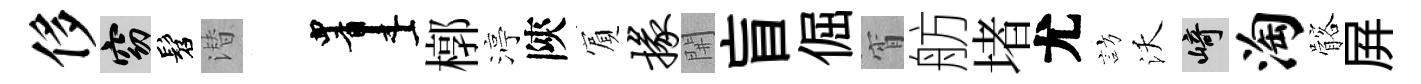
侈窈髫潜画槨渟陝賔掾𨳩盲倔宵舫堵尤訪沃崎淘髂屛